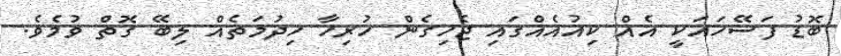
ބޮޑު ފަސޭހައަކީ އެއް ކިއުއެއްގައި ޖެހިގެން ހުރިހާ ހިދުމަތެއް ލިބޭ ގޮތް ވުމެވެ.